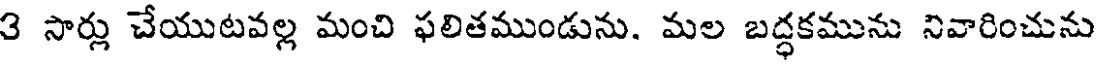
3 సార్లు చేయుటవల్ల మంచి ఫలితముండును. మల బద్ధకమును నివారించును